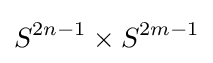
S^{2n-1}\times S^{2m-1}